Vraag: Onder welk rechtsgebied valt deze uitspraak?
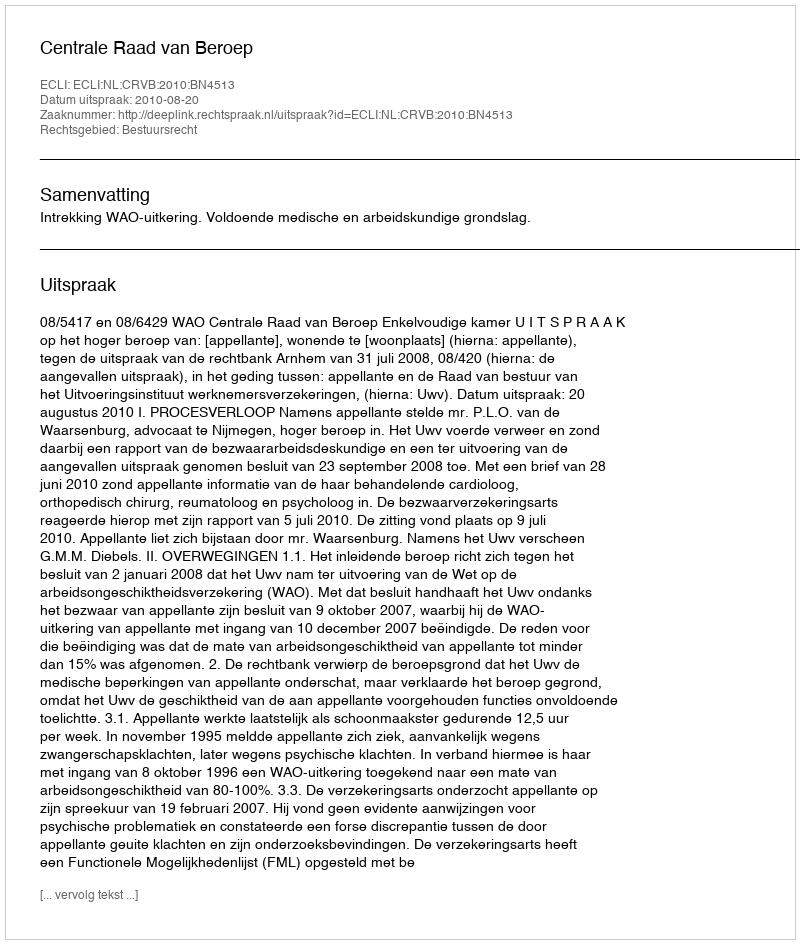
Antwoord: Bestuursrecht